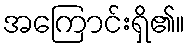
အကြောင်းရှိ၏။